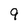
Character: 9